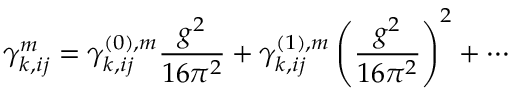
\gamma _ { k , i j } ^ { m } = \gamma _ { k , i j } ^ { ( 0 ) , m } \frac { g ^ { 2 } } { 1 6 \pi ^ { 2 } } + \gamma _ { k , i j } ^ { ( 1 ) , m } \left( \frac { g ^ { 2 } } { 1 6 \pi ^ { 2 } } \right) ^ { 2 } + \cdots